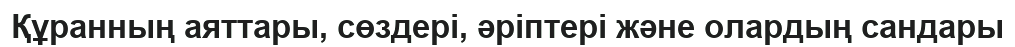
Құранның аяттары, сөздері, әріптері және олардың сандары